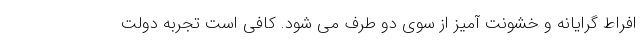
افراط گرایانه و خشونت آمیز از سوی دو طرف می شود. کافی است تجربه دولت